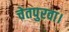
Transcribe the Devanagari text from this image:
चेतपुरवा।